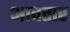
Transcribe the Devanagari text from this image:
आवतार